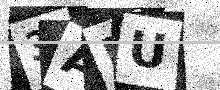
Text: 3AHU